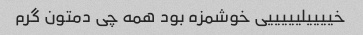
خییییلیییییی خوشمزه بود همه چی دمتون گرم